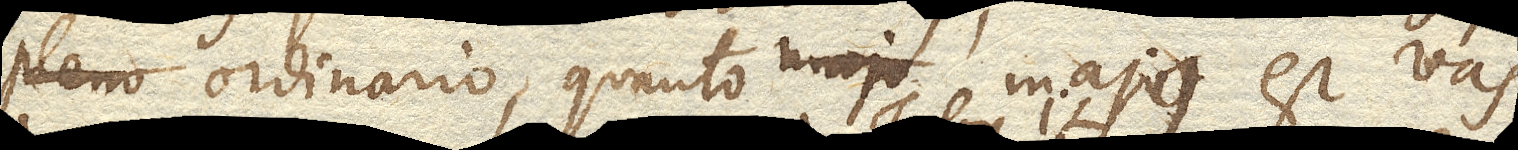
pleno ordinario, quanto majus est vas